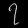
Digit: ၇